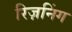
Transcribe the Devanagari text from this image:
रिज़निंग